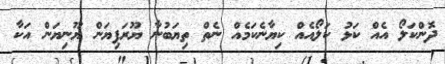
ދޮންކަލޯ އެއް ކަޅު ކަލޯއެއް ކިޔާނެކަމެއް ނެތް ތިޔަބުނާ ޔޫރަޕިޔަން ޔޫނިޔަން އަކާ